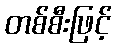
တစ်စီးဖြင့်